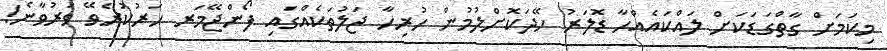
މިކަމަށް ގާތްގަޑަކަށް ލައްކައެއްހާ ޑޮލަރު ހޭދަކޮށްލުމުން ހުރިހާ ޖަލުތަކެއްގައި ފޯންޖޭމަރ ހަރުކުރެވޭ ވަރުވާނެ!